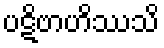
ပဋိဗာဟိဿသိ